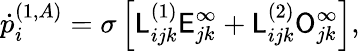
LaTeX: \dot{p}_{i}^{(1,A)}=\sigma\left[\mathsf{L}_{ijk}^{(1)}\mathsf{E}_{jk}^{\infty}+\mathsf{L}_{ijk}^{(2)}\mathsf{O}_{jk}^{\infty}\right],